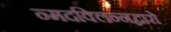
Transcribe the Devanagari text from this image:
न्मदक्लिन्नद्वारो